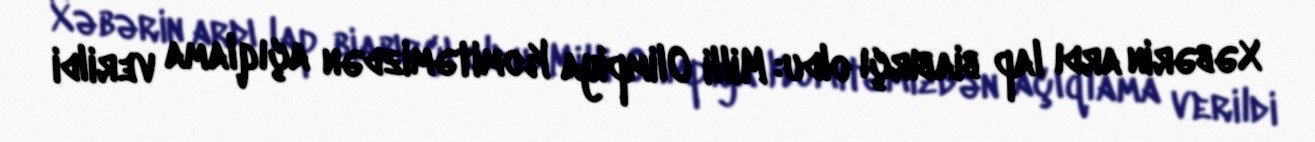
Xəbərin ardı lap biabırçı oldu: Milli Olimpiya Komitəmizdən açıqlama verildi